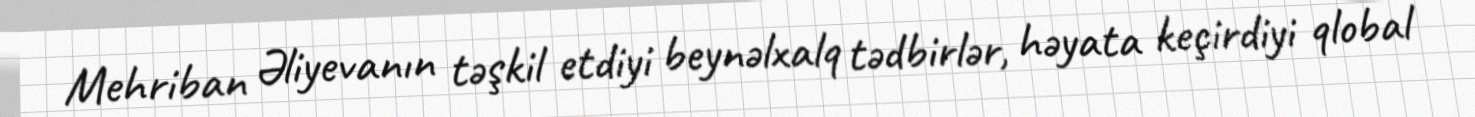
Mehriban Əliyevanın təşkil etdiyi beynəlxalq tədbirlər, həyata keçirdiyi qlobal